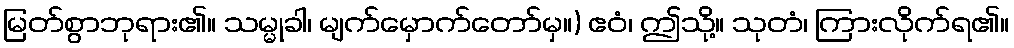
မြတ်စွာဘုရား၏။ သမ္မုခါ၊ မျက်မှောက်တော်မှ။) ဧဝံ၊ ဤသို့။ သုတံ၊ ကြားလိုက်ရ၏။